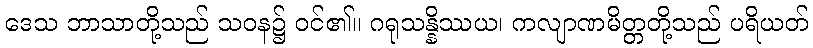
ဒေသ ဘာသာတို့သည် သဝန၌ ဝင်၏။ ဂရုသန္နိဿယ၊ ကလျာဏမိတ္တတို့သည် ပရိယတ်